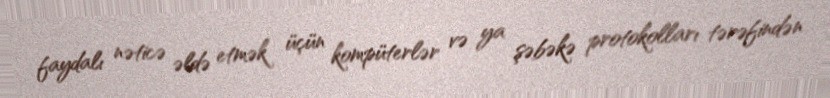
faydalı nəticə əldə etmək üçün kompüterlər və ya şəbəkə protokolları tərəfindən